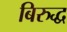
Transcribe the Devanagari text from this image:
बिरुद्ध